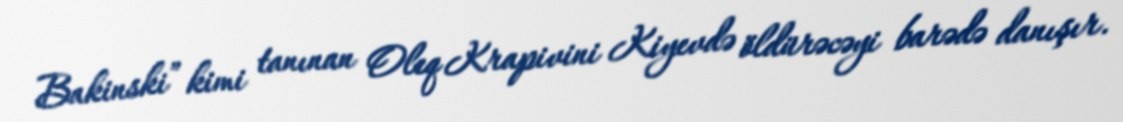
Bakinski” kimi tanınan Oleq Krapivini Kiyevdə öldürəcəyi barədə danışır.